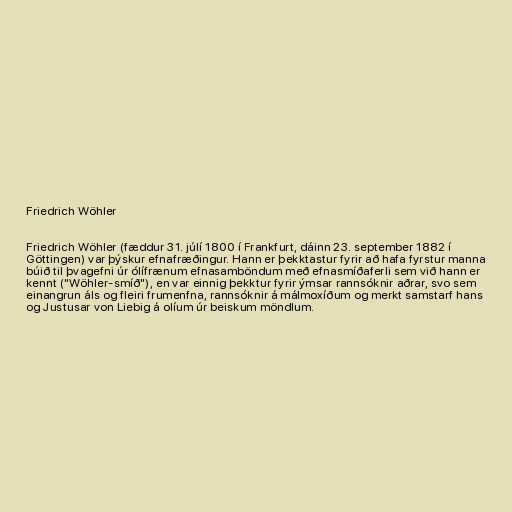
Friedrich Wöhler

Friedrich Wöhler (fæddur 31. júlí 1800 í Frankfurt, dáinn 23. september 1882 í
Göttingen) var þýskur efnafræðingur. Hann er þekktastur fyrir að hafa fyrstur manna
búið til þvagefni úr ólífrænum efnasamböndum með efnasmíðaferli sem við hann er
kennt ("Wöhler-smíð"), en var einnig þekktur fyrir ýmsar rannsóknir aðrar, svo sem
einangrun áls og fleiri frumenfna, rannsóknir á málmoxíðum og merkt samstarf hans
og Justusar von Liebig á olíum úr beiskum möndlum.